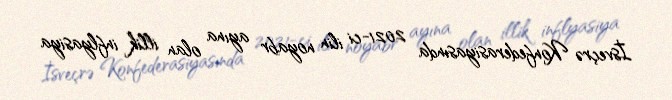
İsveçrə Konfederasiyasında 2021-ci ilin noyabr ayına olan illik inflyasiya